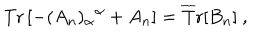
\mathrm { T r } \left[ - ( A _ { n } ) _ { \alpha } { } ^ { \alpha } + A _ { n } \right] = \mathrm { \overline { { T } } r } [ B _ { n } ] \ ,